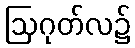
ဩဂုတ်လ၌